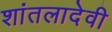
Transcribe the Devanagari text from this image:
शांतलादेवी